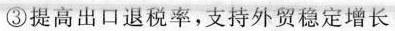
③提高出口退税率，支持外贸稳定增长